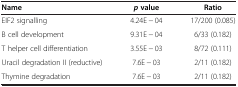
<table><thead><tr><td><b>Name</b></td><td><b><i>p </i>value</b></td><td><b>Ratio</b></td></tr></thead><tbody><tr><td>EIF2 signalling</td><td>4.24E - 04</td><td>17/200 (0.085)</td></tr><tr><td>B cell development</td><td>9.31E - 04</td><td>6/33 (0.182)</td></tr><tr><td>T helper cell differentiation</td><td>3.55E - 03</td><td>8/72 (0.111)</td></tr><tr><td>Uracil degradation II (reductive)</td><td>7.6E - 03</td><td>2/11 (0.182)</td></tr><tr><td>Thymine degradation</td><td>7.6E - 03</td><td>2/11 (0.182)</td></tr></tbody></table>